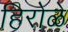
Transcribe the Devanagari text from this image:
हिरोळे